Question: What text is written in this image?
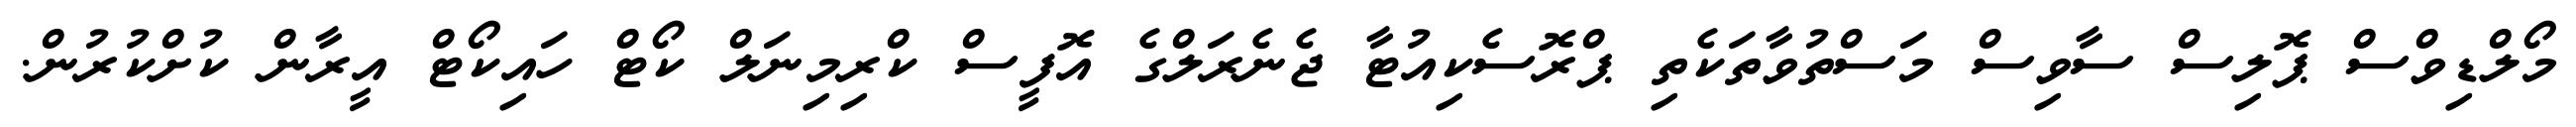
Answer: މޯލްޑިވްސް ޕޮލިސް ސާވިސް މަސްތުވާތަކެތި ޕްރޮސެކިއުޓާ ޖެނެރަލްގެ އޮފީސް ކްރިމިނަލް ކޯޓް ހައިކޯޓް އީރާން ކުށްކުރުން.